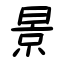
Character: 景